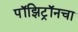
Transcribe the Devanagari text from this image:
पॉझिट्रॉनचा